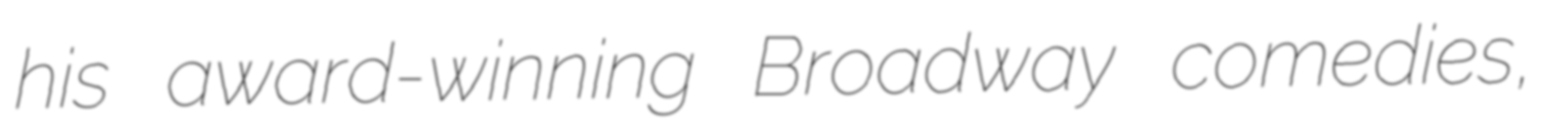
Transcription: his award-winning Broadway comedies,